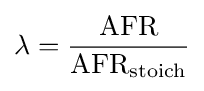
\lambda ={\frac {\mathrm {AFR} }{\mathrm {AFR} _{\text{stoich}}}}